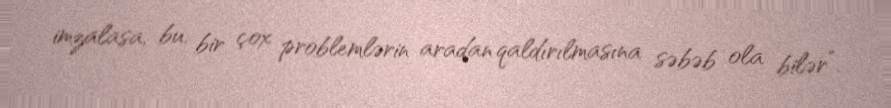
imzalasa, bu, bir çox problemlərin aradan qaldırılmasına səbəb ola bilər”.